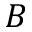
B